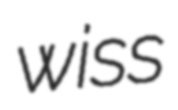
wiss